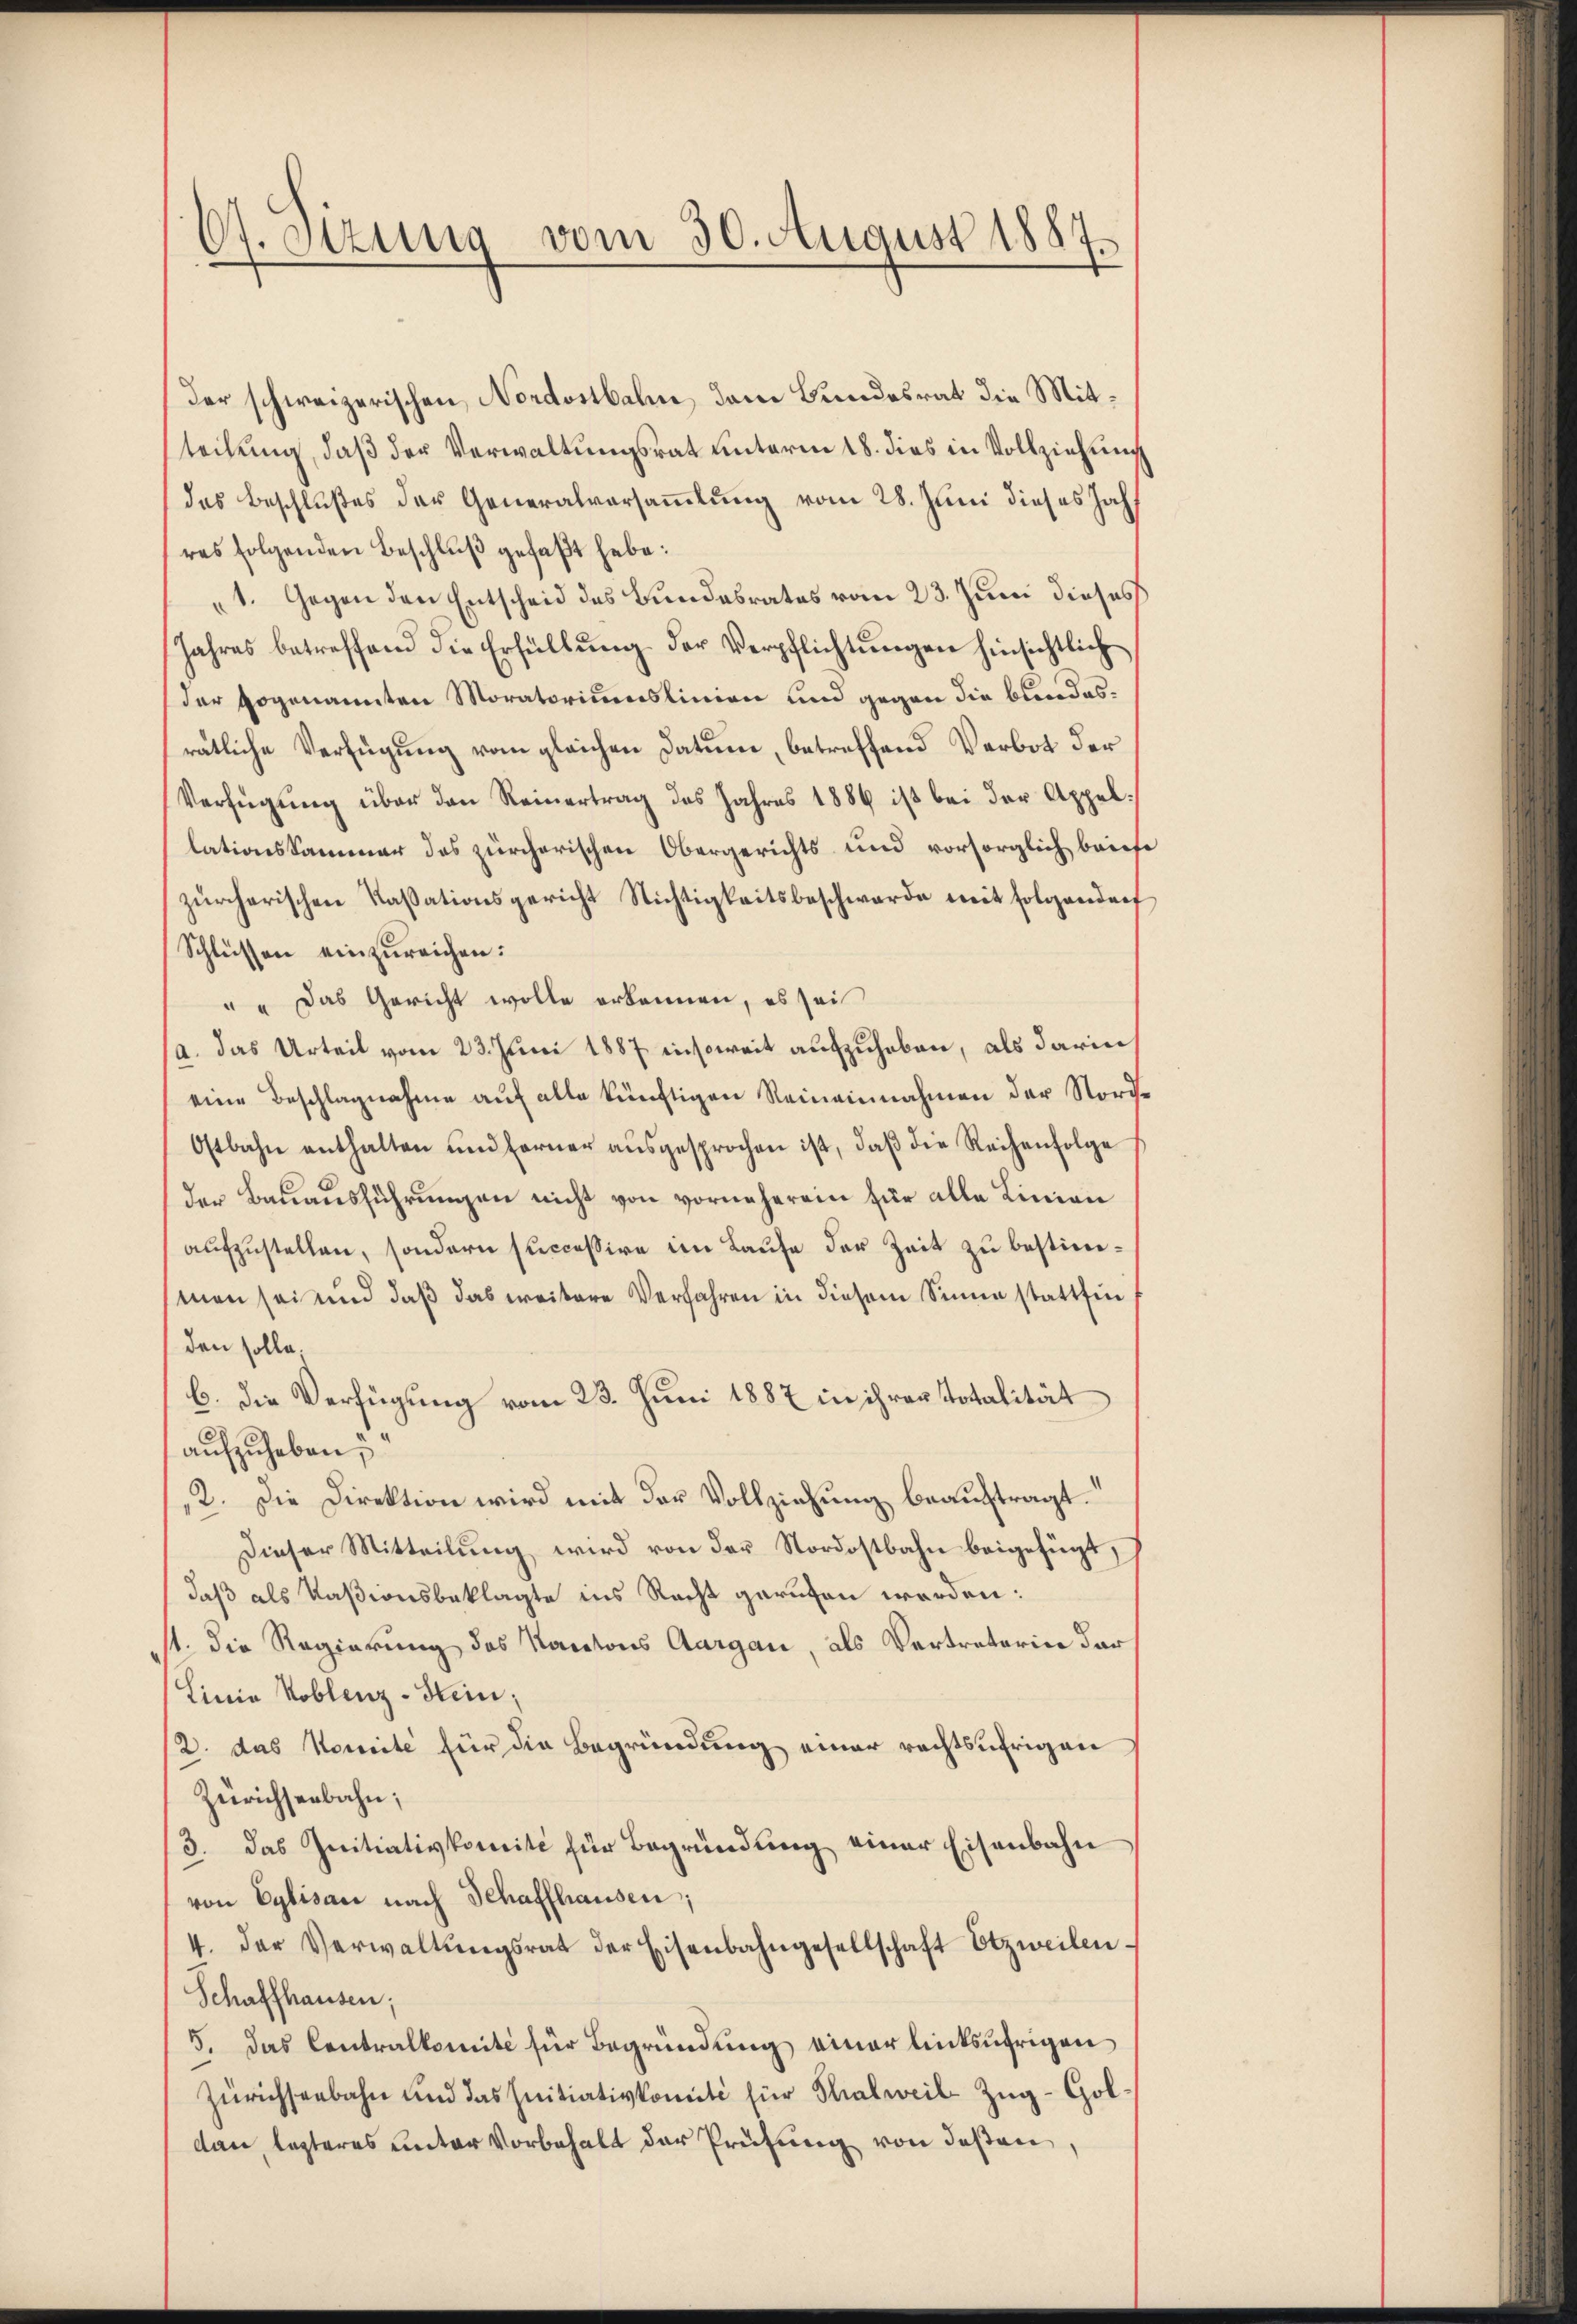
07. Stzung vom 30. August 1887

der schweizerischen Nordostbahn, dem Bundesrat die Mitteilung, daß der Verwaltungsrat unterm 18. dies in Vollziehung
des Beschlußes der Generalversammlung vom 28. Juni dieses Jahres folgenden Beschlŭβ gefaßt habe:
1. Gegen den Entscheid des Bundesrates vom 23. Juni dieses
Jahres betreffend die Erfüllung der Verpflichtungen hinsichtlich
der sogenannten Moratoriumslinien und gegen die bundesrätliche Verfügung vom gleichen Datum, betreffend Verbot der
Verfügung über den Reinertrag des Jahres 1886 ist bei der Appellationskammer des zürcherischen Obergerichts und vorsorglich brief
zürcherischen Kassationsgericht Nichtigkeitsbeschwerde mit folgendorf
Schlüssen einzureichen:
" " Das Gericht wolle erkennen, es sei
a. Das Urteil vom 23. Juni 1887 insoweit aufzuheben, als darin
eine Beschlagnahme aŭf alle künftigen Reineinnahmen der Nord-
Ostbahn enthalten und ferner aŭsgesprochen ist, daβ die Reihenfolge
der Baŭaŭsführŭngen nicht von vorneherein für alle Linien
aufzustellen, sondern successive im Laufe der Zeit zu bestim¬
(man sei und daß das weitere Verfahren in diesem Sinne stattfin
den solle.
6. Die Verfügung vom 23. Juni 1887 in ihrer Stotalität
aufzuheben;
2. Die Direktion wird mit der Vollziehung beauftragt.“
Dieser Mitteilung wird von der Nordostbahn beigefügt,
daß als Kasionsbeklagte ins Recht gerufen worden:
st. Die Regierung des Kantons Aargau, als Vertreterin dar
Linie Koblenz-Hein;
2. das Nomite für die Begründung einer rechtsährigen
Zürichsenbahn;
3. das Initiativkomite für Begründung einer Eisenbahn
von Eglisau nach Schaffhausen;
4. der Verwaltŭngsrat der Eisenbahngesellschaft Otzweilen.
Schaffhausen;
5. Das Contralkomité für Begründung einer linksufrigen
Zürichsenbahn und das Initiativkomité für Thalweil-Zŭg-Goldann lezteres unter Vorbehalt der Prüfung von deßen,